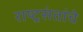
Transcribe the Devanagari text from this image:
राष्ट्रसंतांचे